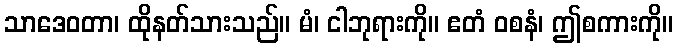
သာဒေဝတာ၊ ထိုနတ်သားသည်။ မံ၊ ငါဘုရားကို။ ဧတံ ဝစနံ၊ ဤစကားကို။